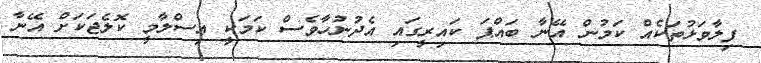
ފިލާވަޅުތަކެއް ކަމުން އޭނާ ބައްޕަ ކައިރީގައި އެދުނުހާވެސް ކަމަކީ އިސްލާމީ ކޮލެޖަކަށް އޭނާ